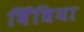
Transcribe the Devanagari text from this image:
बिँधिया